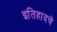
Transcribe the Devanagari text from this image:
इतिहादचे